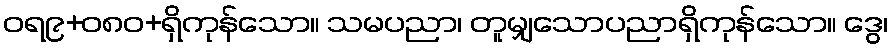
ဝရ၉+၀၈ဝ+ရှိကုန်သော။ သမပညာ၊ တူမျှသောပညာရှိကုန်သော။ ဒွေ၊